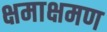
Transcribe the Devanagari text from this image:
क्षमाक्षमण